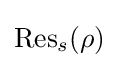
{\text{Res}}_{s}(\rho )